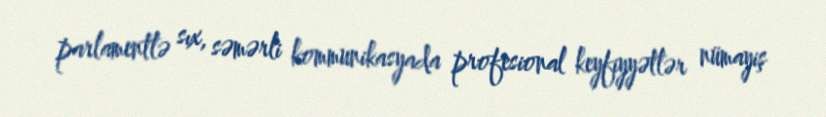
parlamentlə sıx, səmərli kommunikasyada profesional keyfiyyətlər nümayiş